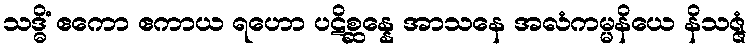
သဒ္ဓိံ ဧကော ဧကာယ ရဟော ပဋိစ္ဆန္နေ အာသနေ အလံကမ္မနိယေ နိသဇ္ဇံ